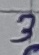
Text: 3